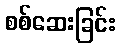
စစ်ဆေးခြင်း